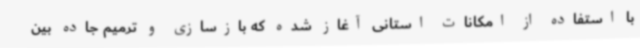
با استفاده از امکانات استانی آغاز شده که بازسازی و ترمیم جاده بین